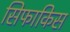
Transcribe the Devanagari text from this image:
सिफाकिस